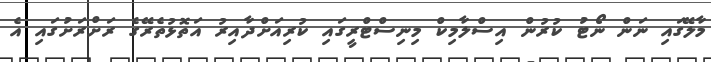
މާލޭގައި ނަން ނޯޓު ކުރުން އިސްލާމިކް މިނިސްޓްރީގައި ކުރިއަށްދާއިރު އަތޮޅުތެރޭގެ ރަށްރަށުގައި އެ